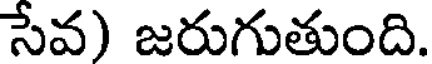
సేవ) జరుగుతుంది.